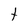
Character: t